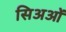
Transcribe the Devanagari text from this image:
सिअओं